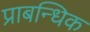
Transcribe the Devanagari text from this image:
प्राबन्धिक